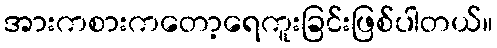
အားကစားကတော့ရေကူးခြင်းဖြစ်ပါတယ်။